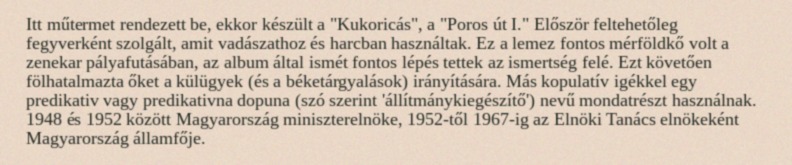
Itt műtermet rendezett be, ekkor készült a "Kukoricás", a "Poros út I." Először feltehetőleg fegyverként szolgált, amit vadászathoz és harcban használtak. Ez a lemez fontos mérföldkő volt a zenekar pályafutásában, az album által ismét fontos lépés tettek az ismertség felé. Ezt követően fölhatalmazta őket a külügyek (és a béketárgyalások) irányítására. Más kopulatív igékkel egy predikativ vagy predikativna dopuna (szó szerint 'állítmánykiegészítő') nevű mondatrészt használnak. 1948 és 1952 között Magyarország miniszterelnöke, 1952-től 1967-ig az Elnöki Tanács elnökeként Magyarország államfője.